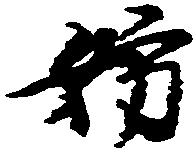
妨